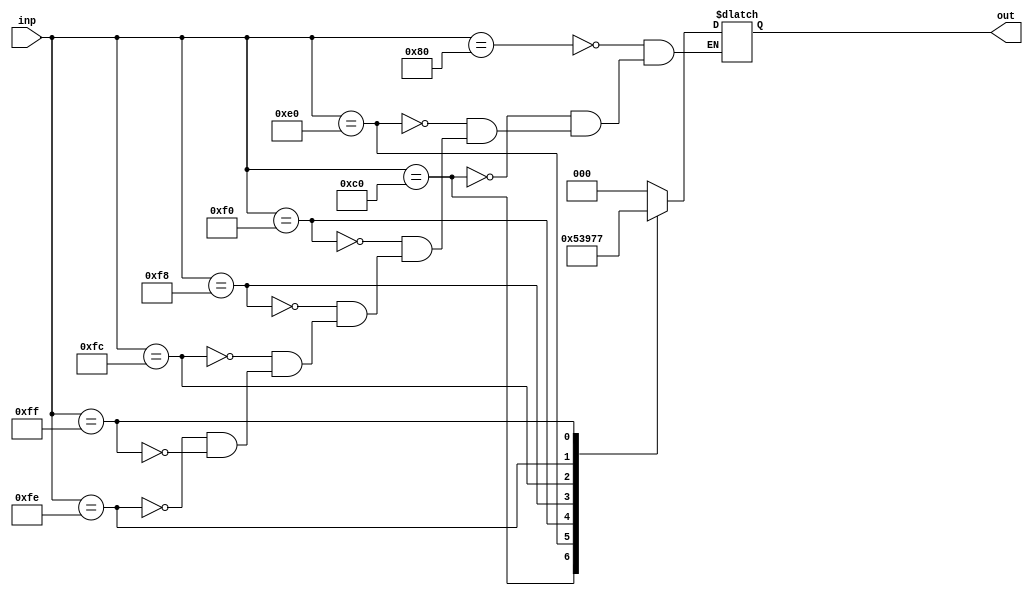
module priority_encoder(
    input [7:0] inp,
    output reg [2:0] out
);

always @(*) begin
    case(inp)
        8'b10000000: out = 3'b000;
        8'b11000000: out = 3'b001;
        8'b11100000: out = 3'b010;
        8'b11110000: out = 3'b011;
        8'b11111000: out = 3'b100;
        8'b11111100: out = 3'b101;
        8'b11111110: out = 3'b110;
        8'b11111111: out = 3'b111;
    endcase
end

endmodule